Eesti_Evangeeliumi_Luteri_Usu_Konsistoorium, lk 11
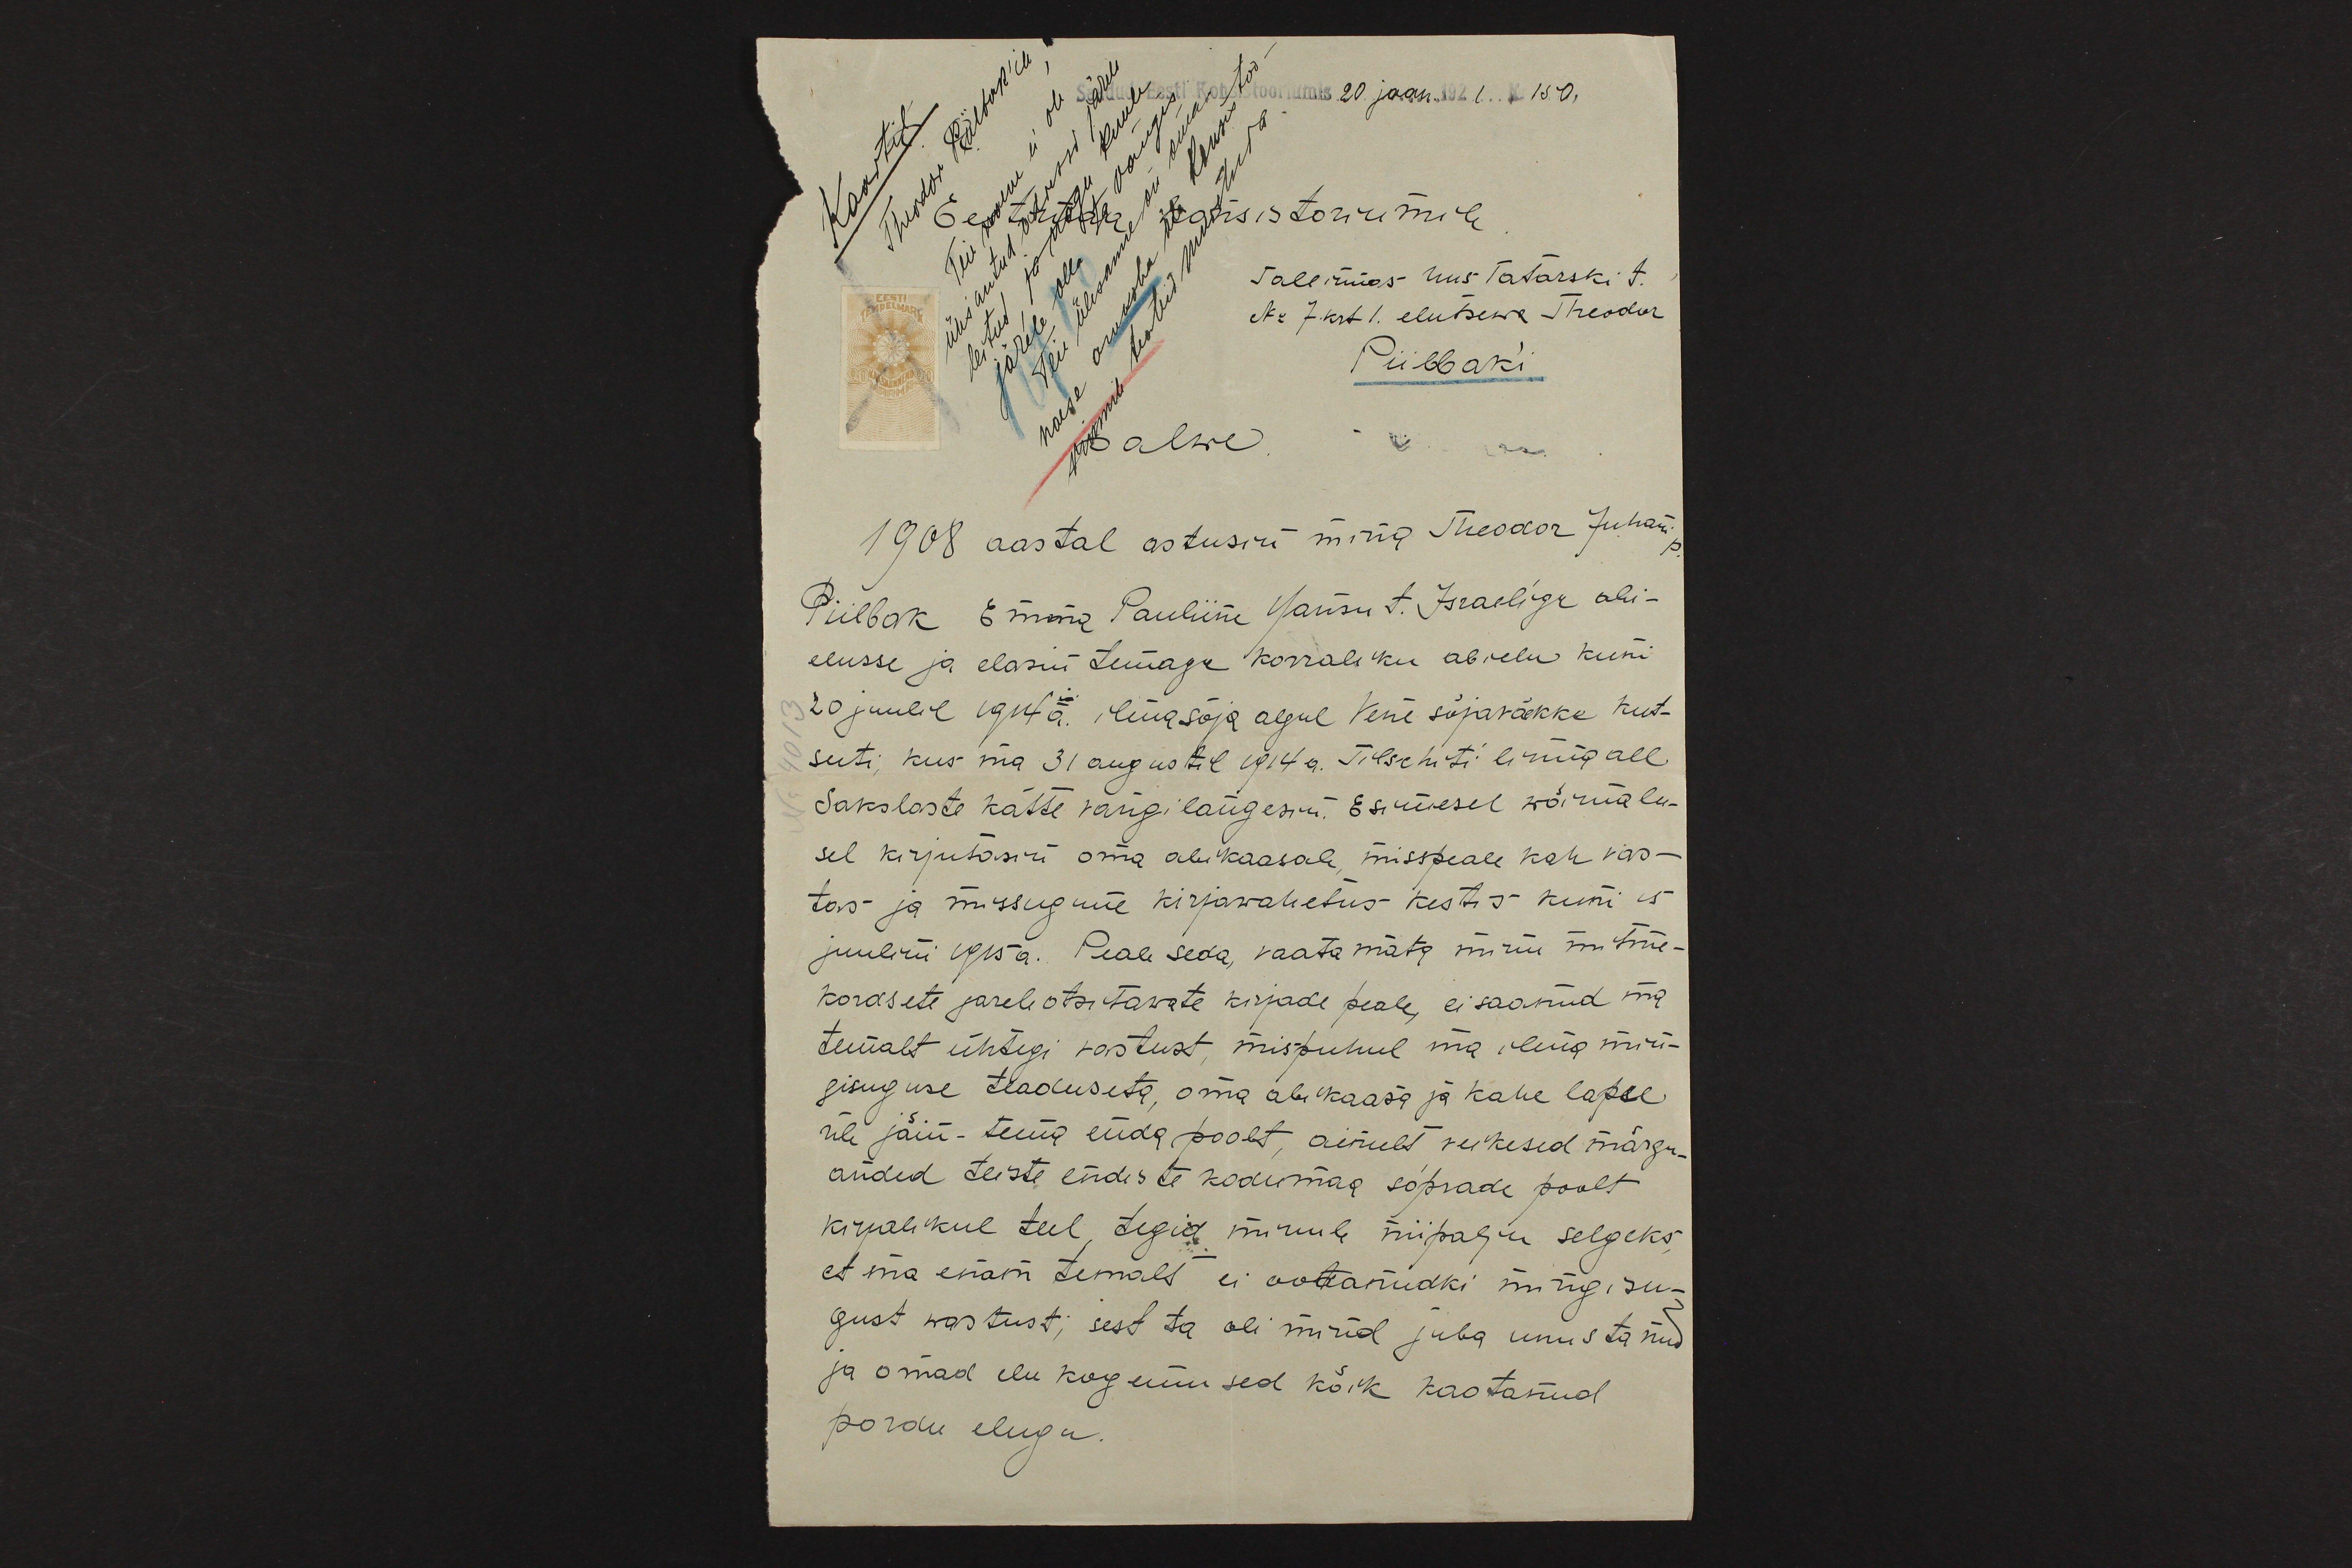
20 jaan. 1921 N 150,
Eestimaa konsistoriumile
Tallinnas Uus Tatarski t.
Nr 7 krt. 1. elutsewa Theodor
Piilbak'i
Palwe
1908 aastal astusin mina Theodor Juhani p.
Piilbak Emma Pauliine Hansu t. Israeliga abi-
elusse ja elasin temaga korraliku abielu kuni
20 juulil 1914.a ilmasõja algul Vene sõjaväkke kut-
suti, kus ma 31 augustil 1914 a. Tilschiti linna all
Sakslaste kätte vangi langesin. Esimesel wõimalu-
sel kirjutasin oma abikaasale, misspeale kah vas-
tas ja missugune kirjawahetus kestis kuni 15
juulini 1915a. Peale seda vaatamata minu mitme-
kordsete järeleotsitawate kirjade peale, ei saanud ma
temalt ühtegi vastust, mispuhul ma ilma min-
gisuguse teaduseta oma abikaasa ja kahe lapse
üle jäin - tema enda poolt, ainult veikesed märgu-
anded teiste endiste kodumaa sõprade poolt
kirjalikul teel, tegid minule niipalju selgeks,
et ma enam temalt ei ootanudki mingisu-
gust wastust; sest ta oli mind juba unustanud
ja omad elu kogemused kõik kaotanud
pordu eluga.